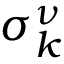
\sigma _ { k } ^ { \nu }